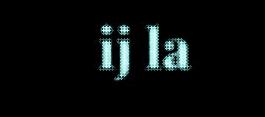
ij la